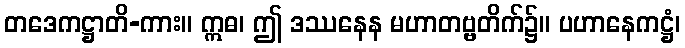
တဒေကဋ္ဌာတိ-ကား။ ဣဓ၊ ဤ ဒဿနေန မဟာတဗ္ဗတိက်၌။ ပဟာနေကဋ္ဌံ၊